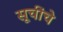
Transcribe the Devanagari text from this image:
सूचींचे